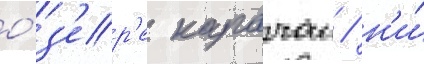
о́з'ер'е карачаи / н'и́